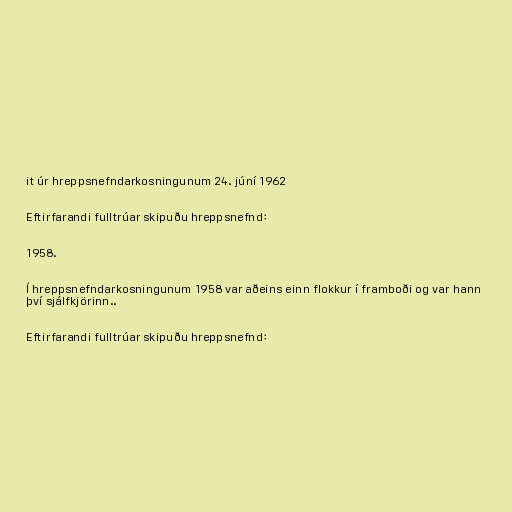
it úr hreppsnefndarkosningunum 24. júní 1962

Eftirfarandi fulltrúar skipuðu hreppsnefnd:

1958.

Í hreppsnefndarkosningunum 1958 var aðeins einn flokkur í framboði og var hann
því sjálfkjörinn..

Eftirfarandi fulltrúar skipuðu hreppsnefnd: